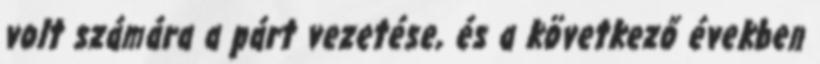
volt számára a párt vezetése, és a következő években